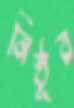
নিষ্ঠূর